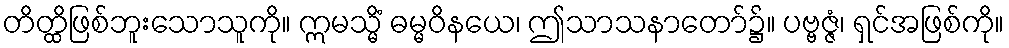
တိတ္ထိဖြစ်ဘူးသောသူကို။ ဣမသ္မိံ ဓမ္မဝိနယေ၊ ဤသာသနာတော်၌။ ပဗ္ဗဇ္ဇံ၊ ရှင်အဖြစ်ကို။